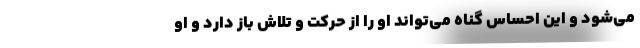
می‌شود و این احساس گناه می‌تواند او را از حرکت و تلاش باز دارد و او